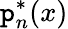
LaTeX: \mathtt{p}_{n}^{*}(x)